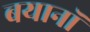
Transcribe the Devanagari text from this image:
बयानॉ